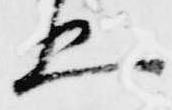
五